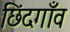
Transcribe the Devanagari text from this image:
छिंदगाँव